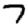
Digit: 7